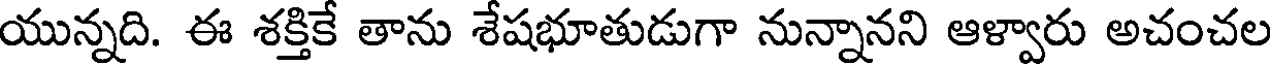
యున్నది. ఈ శక్తికే తాను శేషభూతుడుగా నున్నానని ఆళ్వారు అచంచల